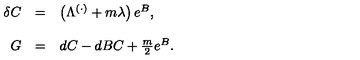
\begin{array} { r c l } { \delta C } & { = } & { \left( \Lambda ^ { ( \cdot ) } + m \lambda \right) e ^ { B } , } \\ { } & { } & { } \\ { G } & { = } & { d C - d B C + \frac { m } { 2 } e ^ { B } . } \\ { } & { } & { } \\ \end{array}